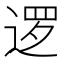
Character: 逻